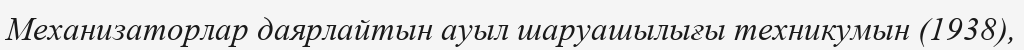
Механизаторлар даярлайтын ауыл шаруашылығы техникумын (1938),